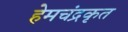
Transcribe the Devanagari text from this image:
हेमचंद्रकृत